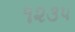
૧૨૩૫